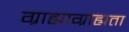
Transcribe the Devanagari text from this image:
ग्राह्याग्राह्यता